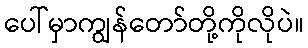
ပေါ်မှာကျွန်တော်တို့ကိုလိုပဲ။